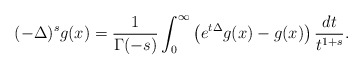
\begin{align*}\displaystyle(-\Delta)^{s}g(x)=\frac1{\Gamma(-s)}\int_0^\infty\left(e^{t\Delta}g(x)-g(x)\right)\frac{dt}{t^{1+s}}.\end{align*}